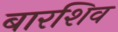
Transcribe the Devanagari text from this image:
बारशिव